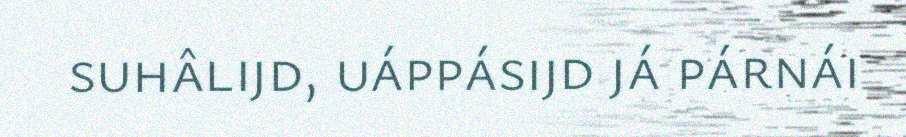
suhâlijd, uáppásijd já párnái